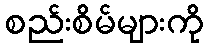
စည်းစိမ်များကို